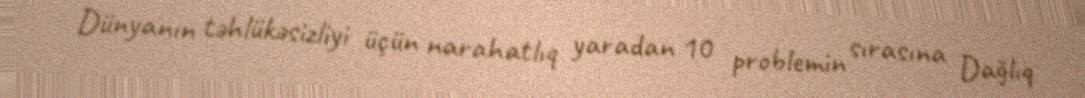
Dünyanın təhlükəsizliyi üçün narahatlıq yaradan 10 problemin sırasına Dağlıq